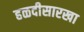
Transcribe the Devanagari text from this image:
हळदीसारखा